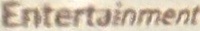
Entertainment